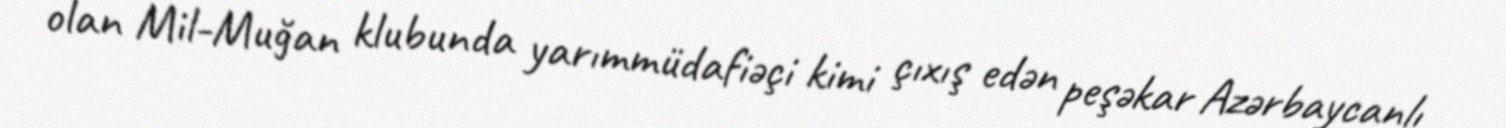
olan Mil-Muğan klubunda yarımmüdafiəçi kimi çıxış edən peşəkar Azərbaycanlı